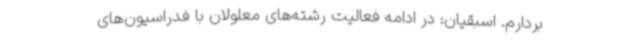
بردارم. اسبقیان: در ادامه فعالیت رشته‌های معلولان با فدراسیون‌های